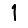
Digit: 1